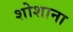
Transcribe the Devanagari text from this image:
शोशाना